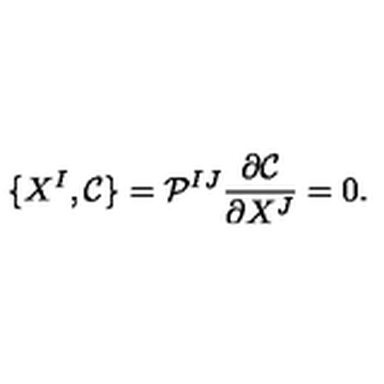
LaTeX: \{ X ^ { I } , \mathcal { C } \} = \mathcal { P } ^ { I J } \frac { \partial \mathcal { C } } { \partial X ^ { J } } = 0 .